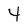
Character: 4